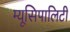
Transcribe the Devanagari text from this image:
म्यूसिपालिटी